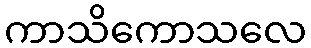
ကာသိကောသလေ